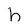
Character: h